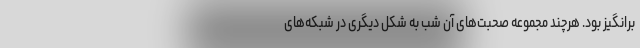
برانگیز بود. هرچند مجموعه صحبت‌های آن شب به شکل دیگری در شبکه‌های